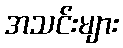
အသင်းများ